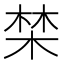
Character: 𣓏